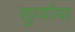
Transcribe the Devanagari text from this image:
सुर्व्यांचा